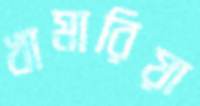
খামারিয়া